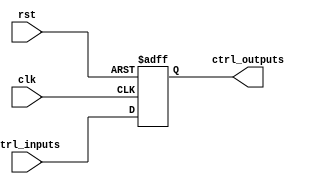
module ControlRegister (
    input wire clk,                  // Clock signal
    input wire rst,                  // Reset signal
    input wire [N-1:0] ctrl_inputs,  // Control inputs (N bits wide)
    output reg [N-1:0] ctrl_outputs   // Control outputs (N bits wide)
);
    parameter N = 8; // Define the width of the control register

    // Asynchronous reset behavior
    always @(posedge clk or posedge rst) begin
        if (rst) begin
            ctrl_outputs <= {N{1'b0}}; // Reset control outputs to 0
        end else begin
            ctrl_outputs <= ctrl_inputs; // Capture control inputs on clock edge
        end
    end

endmodule